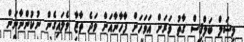
މިޝަލް ބަލްޤިސް ގާތު ވަރަށް އަވަހަށް ފާހާނާއަށް ވަދެ ތާޒާ ވެލައިގެން ނުކުންނާނަން